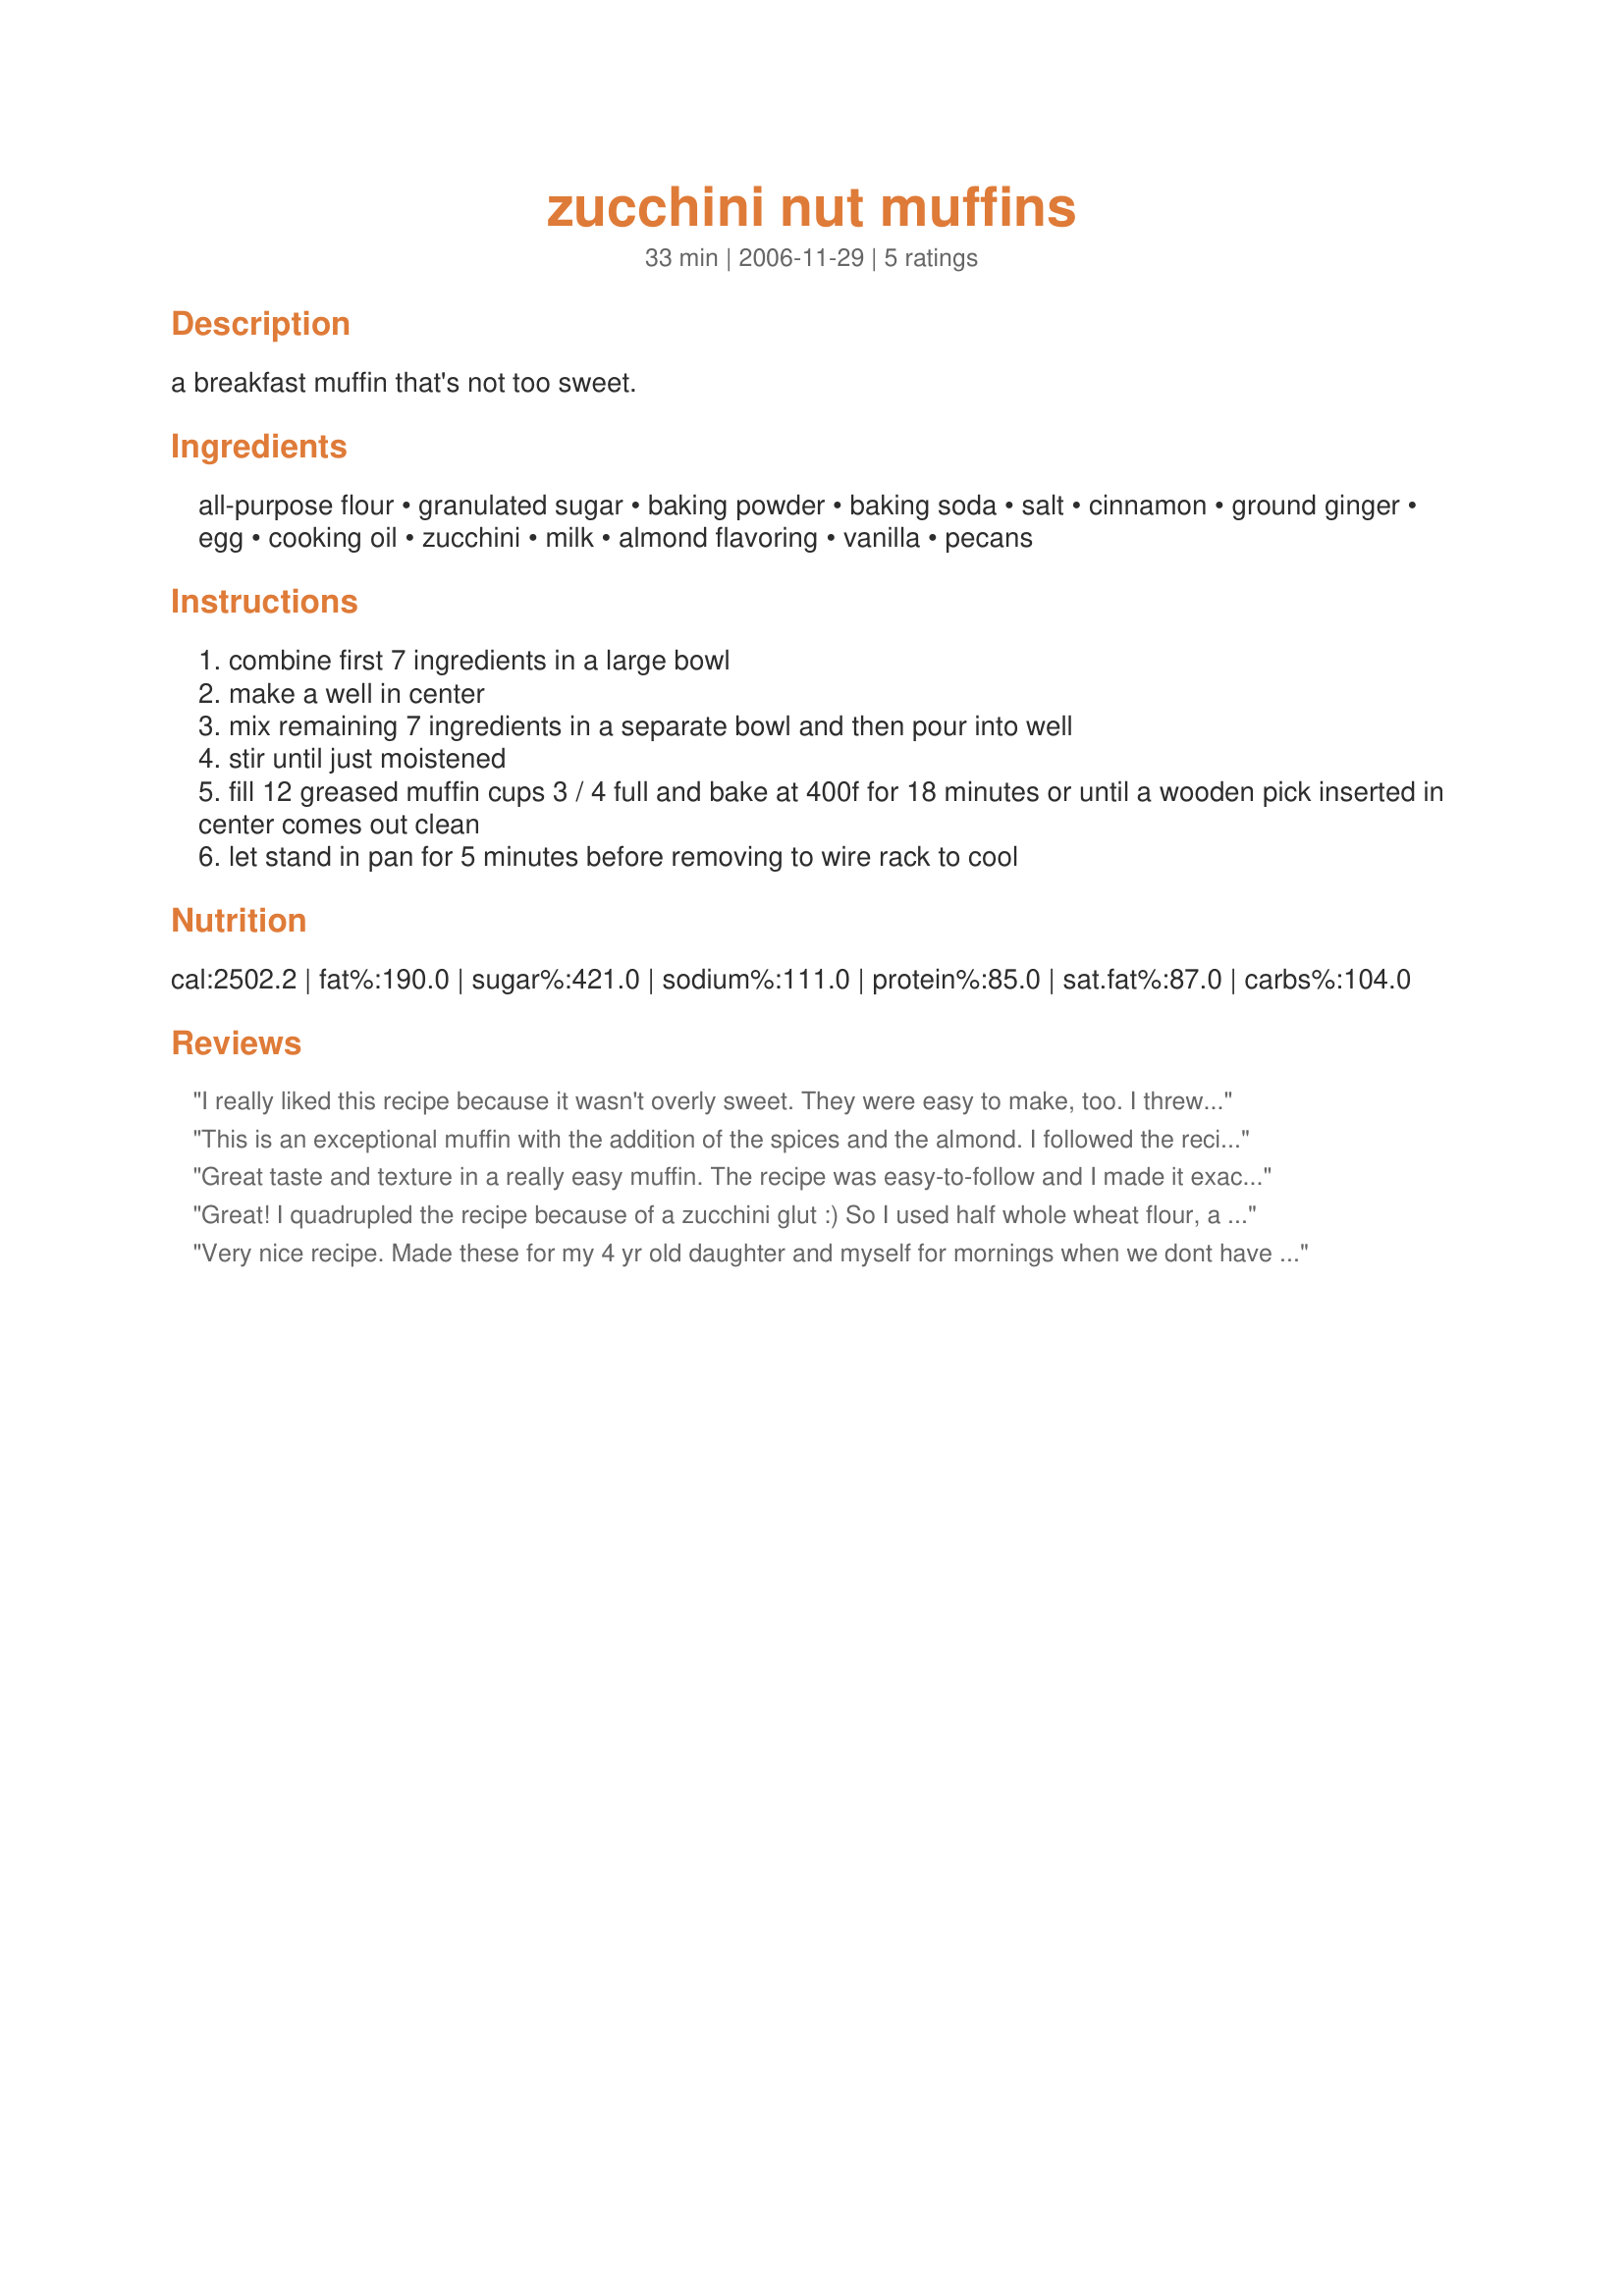
zucchini nut muffins
Preparation time: 33 minutes

a breakfast muffin that's not too sweet.

Ingredients:
all-purpose flour, granulated sugar, baking powder, baking soda, salt, cinnamon, ground ginger, egg, cooking oil, zucchini, milk, almond flavoring, vanilla, pecans

Steps:
combine first 7 ingredients in a large bowl
make a well in center
mix remaining 7 ingredients in a separate bowl and then pour into well
stir until just moistened
fill 12 greased muffin cups 3 / 4 full and bake at 400f for 18 minutes or until a wooden pick inserted in center comes out clean
let stand in pan for 5 minutes before removing to wire rack to cool

Reviews:
I really liked this recipe because it wasn't overly sweet. They were easy to make, too. I threw in a handful of raisins with the nuts. Will definitely make this recipe again!
This is an exceptional muffin with the addition of the spices and the almond. I followed the recipe exactly except I added 2 tsp. cocoa powder and 1 cup chocolate chips. 
I got 12 muffins and 8 mini muffins which rose high and were tender and moist.
This will go in my "zaar favorites" cookbook. Thanks, Swan!

KCShell
Great taste and texture in a really easy muffin. The recipe was easy-to-follow and I made it exactly with the exception of the ginger and the addition of about a third of a cup of chocolate chips which I add to practically all muffins.
Thanks for sharing.
Great! I quadrupled the recipe because of a zucchini glut :) So I used half whole wheat flour, a quarter white flour, and a quarter quick oats. I also reduced the sugar and added some grated apple. Made some with nuts and some without, because of the picky ones in the family!! These muffins look and smell lovely, and the kids LOVED them. I didn't mention the zucchini till after they had given two thumbs up...lol. Thanks!
Very nice recipe. Made these for my 4 yr old daughter and myself for mornings when we dont have time to wait for a toasted bagel. Used all organic ingredients but subbed a few things just to make them a bit healthier for her. Used white whole wheat flour, and subbed turbinado sugar for the granulated, and did add 2tsp of organic unsweetened cocoa as another reviewer had done on half the batch. They all came out very nicely; great texture...not so fluffy that they fell apart, but not too dense that they were heavy after eating. I liked the sweetness level; it was there, but not too much. A good breakfast muffin or anytime muffin actually. Recipe was easy to follow as well. Thanks for sharing.
